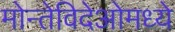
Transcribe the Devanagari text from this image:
मोन्तेविदेओमध्ये